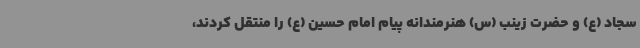
سجاد (ع) و حضرت زینب (س) هنرمندانه پیام امام حسین (ع) را منتقل کردند،